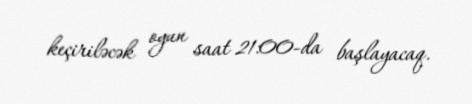
keçiriləcək oyun saat 21:00-da başlayacaq.